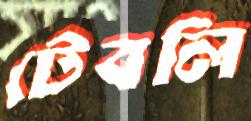
টেবলি